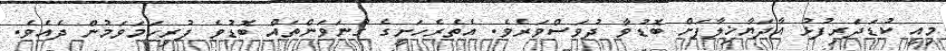
މިއީ ކުޑަދަރިފުޅު އާދަޔާޚިލާފަށް ބޮޑުވާ ދުވަސްވަރެވެ. އެތެރެހަށީގެ ގުނަވަންތައް ބޮޑުވެ ފުރިހަމަވަމުން ދެއެވެ.